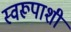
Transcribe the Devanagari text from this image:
स्वरूपाशी